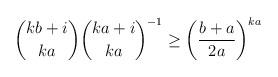
LaTeX: \begin{align*} \binom{kb+i}{ka} \binom{ka+i}{ka}^{-1} \geq \left ( \frac{b+a}{2a} \right )^{ka}\end{align*}